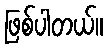
ဖြစ်ပါတယ်။